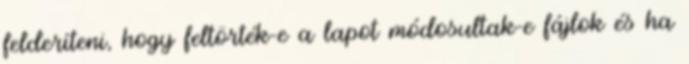
felderíteni, hogy feltörték-e a lapot módosultak-e fájlok és ha